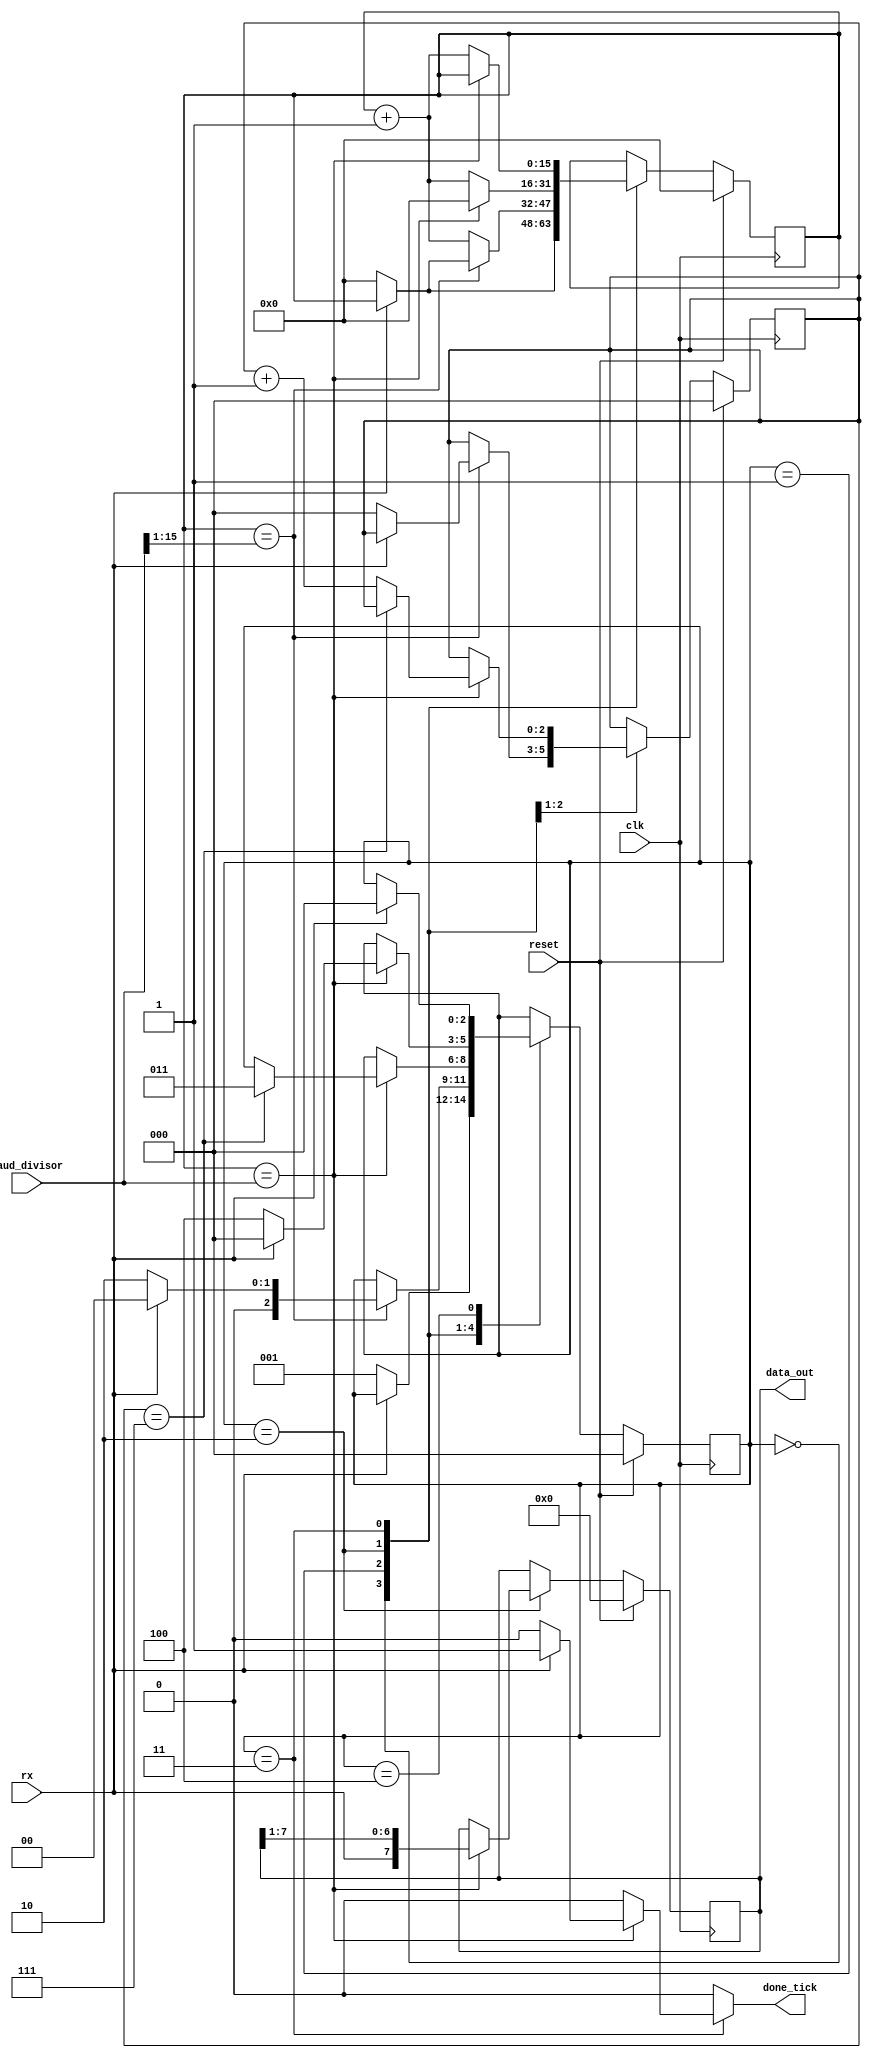
module uart_rx
	#(parameter
	 	DATA_BITS = 8,
	 	COUNTER_BITS = 16
	)
	(
		input wire clk,
		input wire reset,
		input wire rx,
		input wire [COUNTER_BITS-1:0] baud_divisor,
		output reg done_tick,
		output wire [DATA_BITS-1:0] data_out
	);

	localparam [2:0]
		IDLE_STATE  = 3'd0,
		START_STATE = 3'd1,
		DATA_STATE  = 3'd2,
		STOP_STATE  = 3'd3,
		WAIT_STATE  = 3'd4;

	reg [2:0] state_current, state_next;
	reg [COUNTER_BITS-1:0] clk_counter_current, clk_counter_next;
	reg [2:0] bits_counter_current, bits_counter_next;
	reg [DATA_BITS-1:0] data_current, data_next;

	always @(posedge clk) begin
		if (reset) begin
			state_current <= IDLE_STATE;
			clk_counter_current <= 0;
			bits_counter_current <= 0;
			data_current <= 0;
		end
		else begin
			state_current <= state_next;
			clk_counter_current <= clk_counter_next;
			bits_counter_current <= bits_counter_next;
			data_current <= data_next;
		end
	end

	always @* begin
		state_next = state_current;		
		clk_counter_next = clk_counter_current;
		bits_counter_next = bits_counter_current;
		data_next = data_current;
		done_tick = 0;

		case (state_current)
			
			IDLE_STATE: begin
				if (~rx) begin
					state_next = START_STATE;
					clk_counter_next = 0;
				end
			end

			START_STATE: begin
				if (clk_counter_current == (baud_divisor >> 1)) begin
				//if (clk_counter_current == baud_divisor[$bits(baud_divisor)-1:1]) begin
					if (rx) begin
						state_next = IDLE_STATE;
					end
					else begin
						state_next = DATA_STATE;
						clk_counter_next = 0;
						bits_counter_next = 0;
					end					
				end
				else begin
					clk_counter_next = clk_counter_current + 1;
				end
			end
			 
			 DATA_STATE: begin
			 	if (clk_counter_current == baud_divisor) begin
			 		clk_counter_next = 0;
			 		data_next = {rx, data_current[7:1]};
			 		if (bits_counter_current == (DATA_BITS - 1)) begin
			 			state_next = STOP_STATE;
			 		end
			 		else begin
			 			bits_counter_next = bits_counter_current + 1;
			 		end
			 	end
			 	else begin
			 		clk_counter_next = clk_counter_current + 1;
			 	end
			 end
			 
			 STOP_STATE: begin
			 	if (clk_counter_current == baud_divisor) begin
			 		if (rx) begin
			 			state_next = IDLE_STATE;
			 			done_tick = 1'b1;
			 		end
			 		else begin
			 			state_next = WAIT_STATE;
			 		end
			 	end
			 	else begin
			 		clk_counter_next = clk_counter_current + 1;
			 	end
			 end
			
			WAIT_STATE: begin
				if (rx) begin
					state_next = IDLE_STATE;
				end
			end

		endcase	
	end
	
	assign data_out = data_current;

endmodule